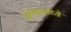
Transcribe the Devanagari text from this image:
ग्रेनेडामध्ये